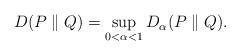
LaTeX: \begin{align*} \begin{aligned} D(P \parallel Q)=\sup_{0< \alpha <1}D_\alpha(P\parallel Q). \end{aligned}\end{align*}